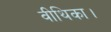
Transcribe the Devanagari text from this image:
वीथिका।